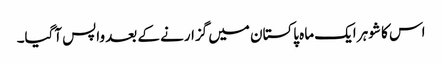
اس کا شوہر ایک ماہ پاکستان میں گزارنے کے بعد واپس آگیا۔